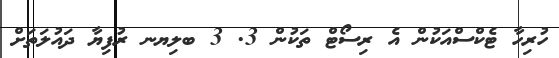
ހުރިހާ ޓެކްސްއަކުން އެ ރިސޯޓް ތަކުން 3. 3 ބލިޔނ ރުފިޔާ ދައުލަތަށް